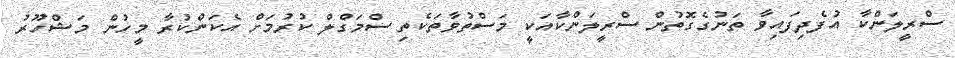
ސްރީލަންކާ އުފެދިފައިވާ ތަނުގެގޮތުން ސްރީލަންކާއަކީ މަސްތުވާތަކެތި ސްމަގްލް ކުރުމަށް އެކަންކުރާ މީހުން މަޝްހޫރު